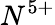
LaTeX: N^{5+}